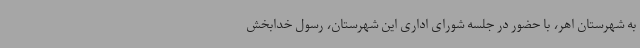
به شهرستان اهر، با حضور در جلسه شورای اداری این شهرستان، رسول خدابخش